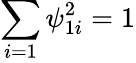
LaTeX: \sum_{i=1}\psi_{1i}^{2}=1